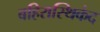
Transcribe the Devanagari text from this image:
बहिरास्थिकंद